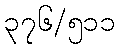
၃၇၆/၅၁၁